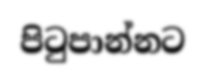
පිටුපාන්නට